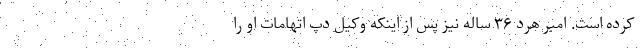
کرده است. امبر هرد ۳۶ ساله نیز پس از اینکه وکیل دپ اتهامات او را